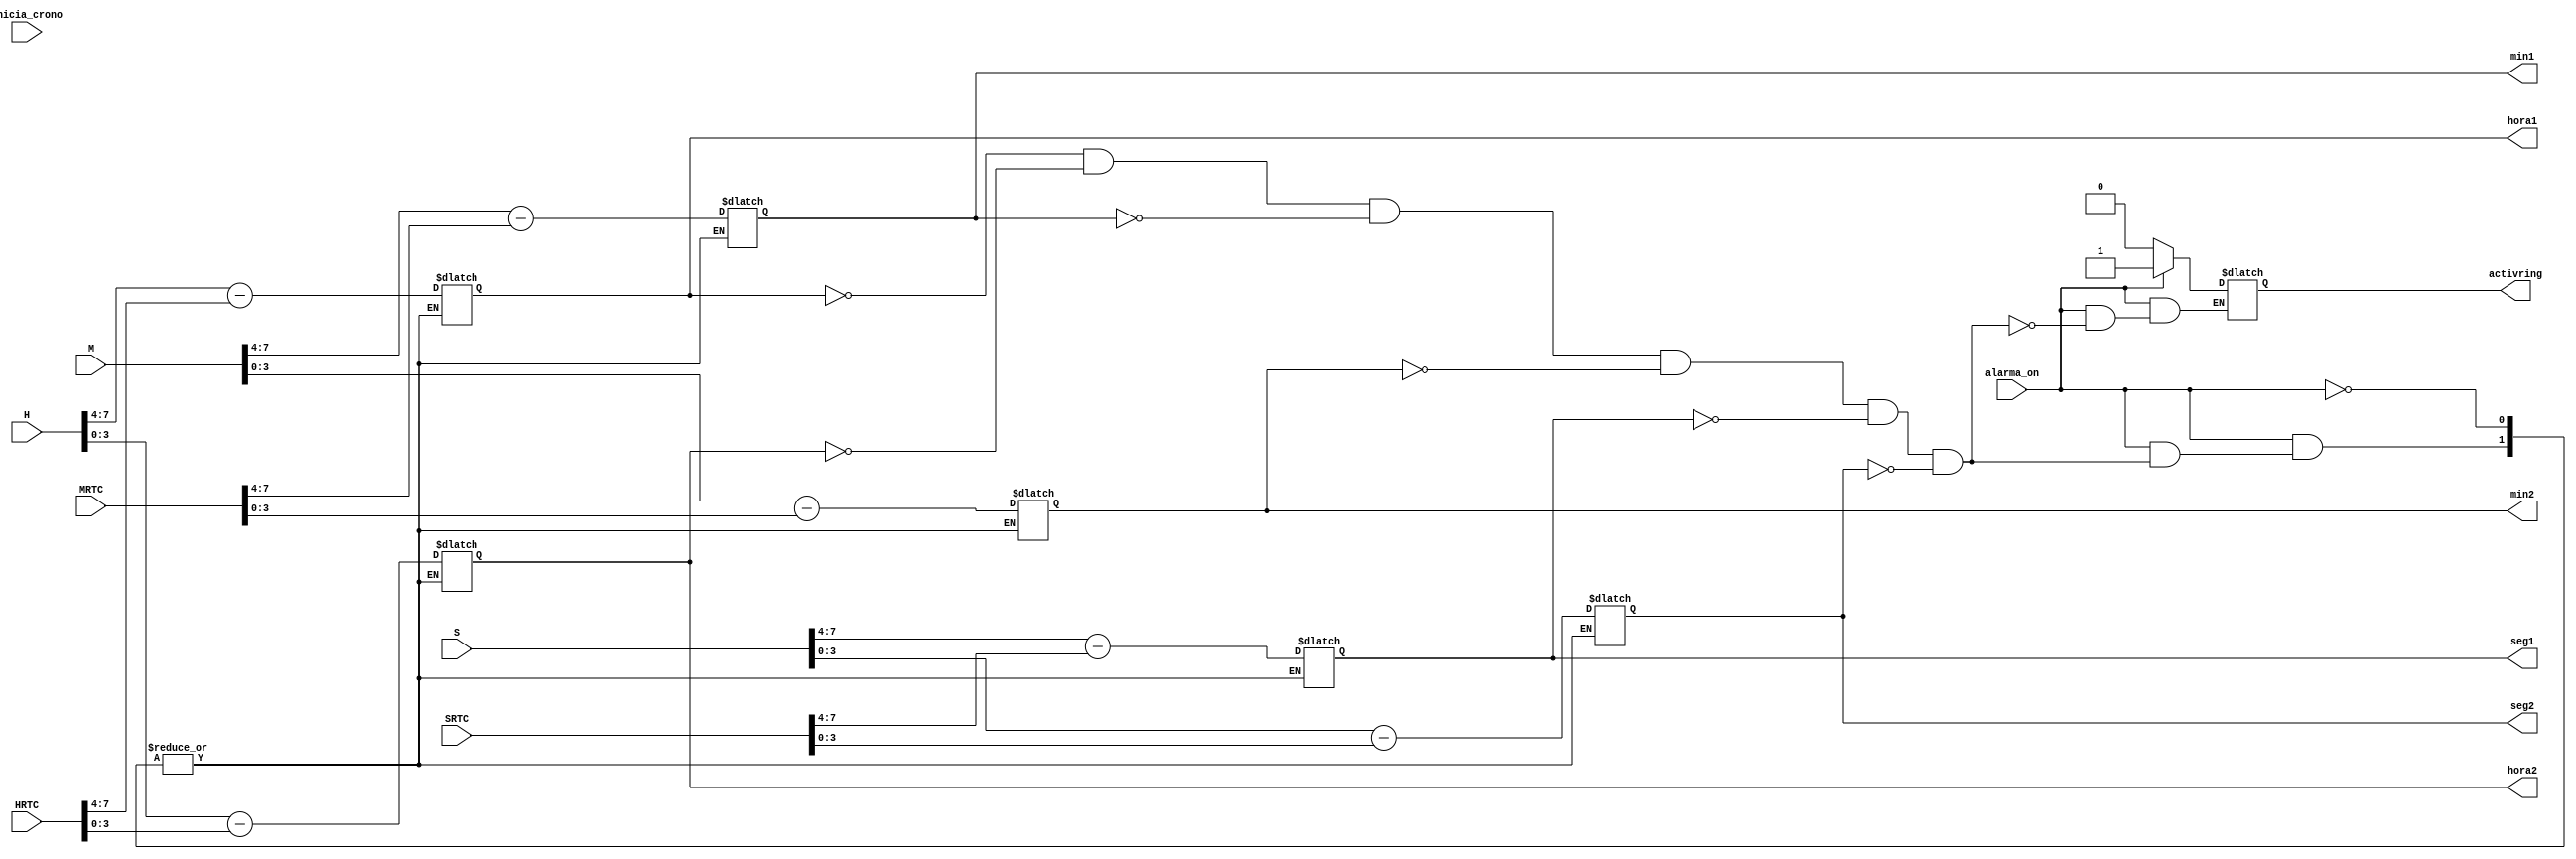
`timescale 1ns / 1ps
//////////////////////////////////////////////////////////////////////////////////
// Company: 
// Engineer: 
// 
// Design Name: 
// Module Name:    indicador_ring 
// Project Name: 
// Target Devices: 
// Tool versions: 
// Description: 
//
// Dependencies: 
//
// Revision: 
// Revision 0.01 - File Created
// Additional Comments: 
//
//////////////////////////////////////////////////////////////////////////////////
module indicador_ring (
	input alarma_on, inicia_crono,
	input wire [7:0] H, M, S,
	input wire [7:0] HRTC, MRTC, SRTC,
	output reg activring,
	output reg [3:0] hora1, hora2, min1, min2, seg1, seg2
    );

	always @ *
		begin 
		if (alarma_on)
			begin
						if(hora1 == 0 && hora2 == 0 && min1 == 0 && min2 == 0 && seg1 == 0 && seg2 == 0)
							activring = 1'b1;
				
						else
							begin
								hora1 = H[7:4] - HRTC[7:4];
								hora2 = H[3:0] - HRTC[3:0];
								min1  = M[7:4] - MRTC[7:4];
								min2  = M[3:0] - MRTC[3:0];
								seg1  = S[7:4] - SRTC[7:4];
								seg2  = S[3:0] - SRTC[3:0];
							end
				
				end
		else
			activring = 1'b0;
		end
		
endmodule